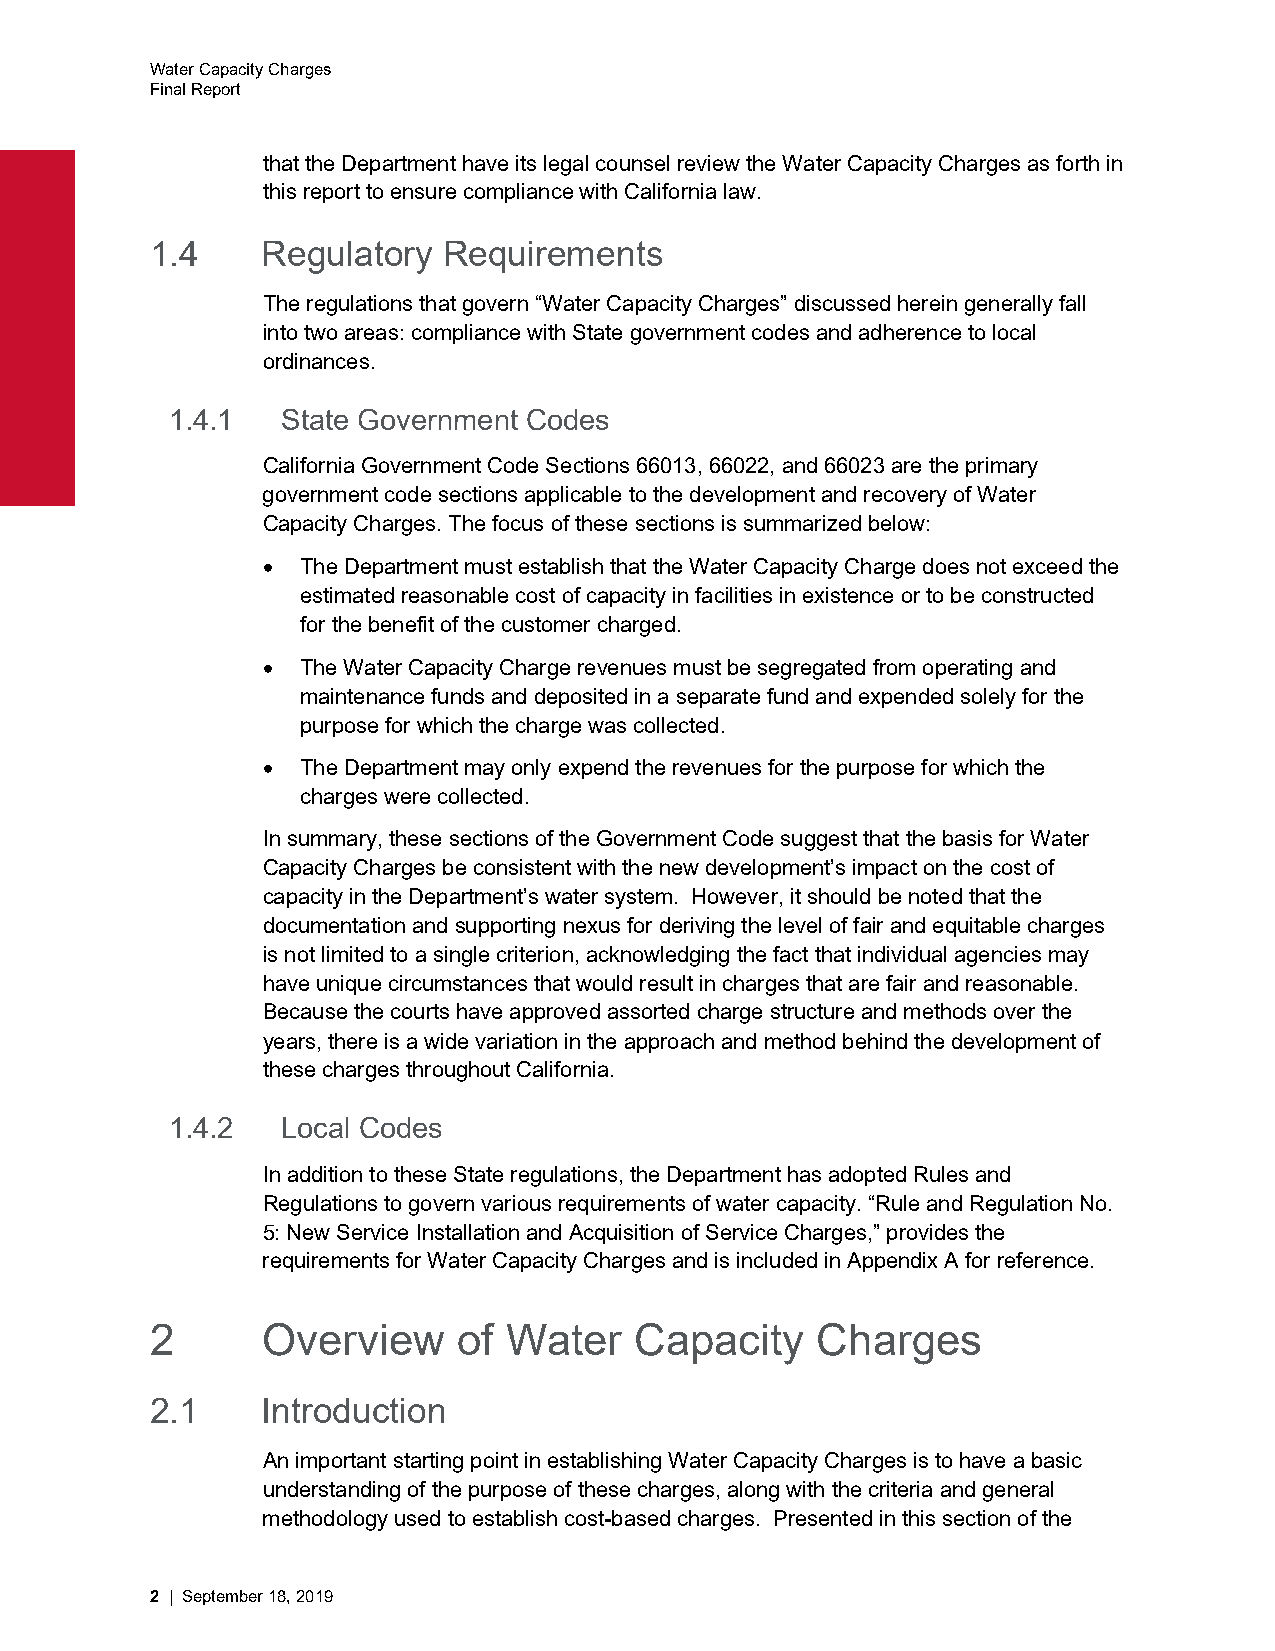
Water Capacity Charges
 Final Report
 that the Department have its legal counsel review the Water Capacity Charges as forth in
 this report to ensure compliance with California law.
 1.4    Regulatory  Requirements
 The regulations that govern “Water Capacity Charges” discussed herein generally fall
 into two areas: compliance with State government codes and adherence to local
 ordinances.
 1.4.1   State Government Codes
 California Government Code Sections 66013, 66022, and 66023 are the primary
 government code sections applicable to the development and recovery of Water
 Capacity Charges. The focus of these sections is summarized below:
   The Department must establish that the Water Capacity Charge does not exceed the
 estimated reasonable cost of capacity in facilities in existence or to be constructed
 for the benefit of the customer charged.
   The Water Capacity Charge revenues must be segregated from operating and
 maintenance funds and deposited in a separate fund and expended solely for the
 purpose for which the charge was collected.
   The Department may only expend the revenues for the purpose for which the
 charges were collected.
 In summary, these sections of the Government Code suggest that the basis for Water
 Capacity Charges be consistent with the new development’s impact on the cost of
 capacity in the Department’s water system. However, it should be noted that the
 documentation and supporting nexus for deriving the level of fair and equitable charges
 is not limited to a single criterion, acknowledging the fact that individual agencies may
 have unique circumstances that would result in charges that are fair and reasonable.
 Because the courts have approved assorted charge structure and methods over the
 years, there is a wide variation in the approach and method behind the development of
 these charges throughout California.
 1.4.2   Local Codes
 In addition to these State regulations, the Department has adopted Rules and
 Regulations to govern various requirements of water capacity. “Rule and Regulation No.
 5: New Service Installation and Acquisition of Service Charges,” provides the
 requirements for Water Capacity Charges and is included in Appendix A for reference.
 2      Overview     of Water    Capacity    Charges
 2.1    Introduction
 An important starting point in establishing Water Capacity Charges is to have a basic
 understanding of the purpose of these charges, along with the criteria and general
 methodology used to establish cost-based charges. Presented in this section of the
 2 | September 18, 2019